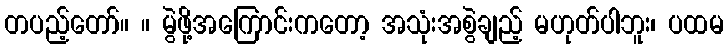
တပည့်တော်။ ။ မွဲဖို့အကြောင်းကတော့ အသုံးအစွဲချည့် မဟုတ်ပါဘူး၊ ပထမ